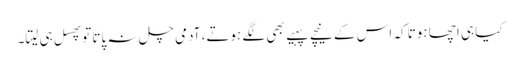
کیا ہی اچھا ہوتا کہ اس کے نیچے پہیے بھی لگے ہوتے، آدمی چل نہ پاتا توپھسل ہی لیتا۔